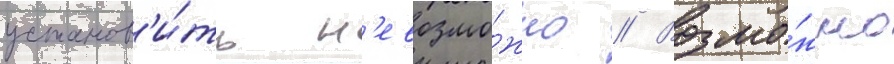
установ'и́ть н'евозмо́жно // Возмо́жно